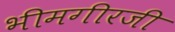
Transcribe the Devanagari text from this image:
भीमगीरजी